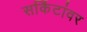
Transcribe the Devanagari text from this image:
सर्किटांवर